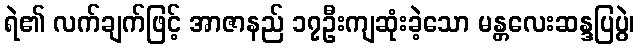
ရဲ၏ လက်ချက်ဖြင့် အာဇာနည် ၁၇ဦးကျဆုံးခဲ့သော မန္တလေးဆန္ဒပြပွဲ၊